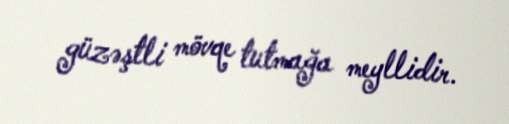
güzəştli mövqe tutmağa meyllidir.